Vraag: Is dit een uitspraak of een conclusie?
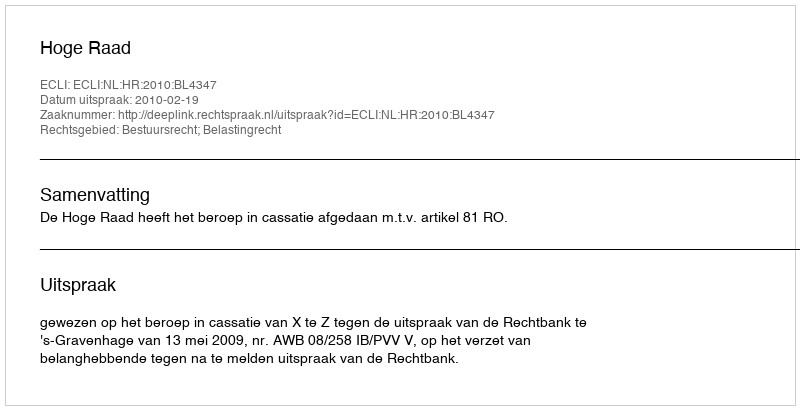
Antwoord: Uitspraak